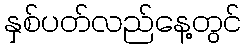
နှစ်ပတ်လည်နေ့တွင်